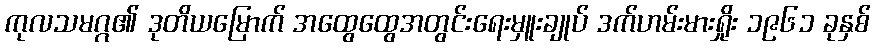
ကုလသမဂ္ဂ၏ ဒုတိယမြောက် အထွေထွေအတွင်းရေးမှူးချုပ် ဒက်ဟမ်းမားရှိုး ၁၉၆၁ ခုနှစ်